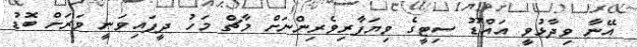
އޭނާ ވިދާޅުވީ އައްޑޫ ސިޓީގެ ވިޔަފާރިވެރިންނަށް މާޗް މަހު ދީފައިވަނީ ވަރަށް ބޮޑު